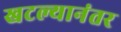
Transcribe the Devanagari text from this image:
खटल्यानंतर